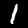
Digit: 1